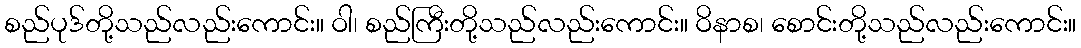
စည်ပုဒ်တို့သည်လည်းကောင်း။ ဝါ၊ စည်ကြီးတို့သည်လည်းကောင်း။ ဝိနာစ၊ စောင်းတို့သည်လည်းကောင်း။